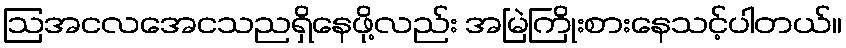
ဩအငလအေငသညရှိနေဖို့လည်း အမြဲကြိုးစားနေသင့်ပါတယ်။